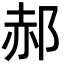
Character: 郝